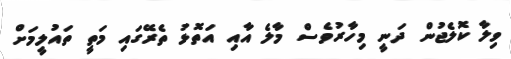
ވިލާ ކޮލެޖުން ދަނީ މިހާރުވެސް މާލެ އާއި އަތޮޅު ތެރޭގައި މަތީ ތައުލީމަށް